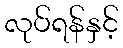
လုပ်ရန်နှင့်